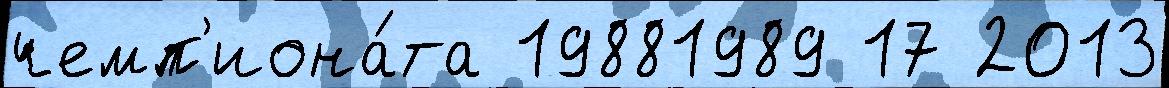
чемп'иона́та 19881989 17 2013